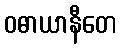
ဝဓာယာနီတေ